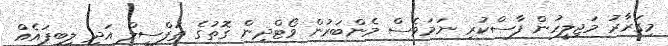
މިގަރާރު މަޖިލީހުން ފާސްކުރި ނަމަވެސް މެންބަރުން ވޯޓްދިން ގޮތުގެ ތަފްސީލް އަދި ލިބިފައެއް